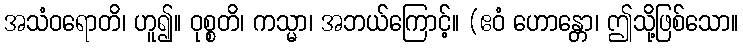
အသံဝရောတိ၊ ဟူ၍။ ဝုစ္စတိ၊ ကသ္မာ၊ အဘယ်ကြောင့်။ (ဧဝံ ဟောန္တော၊ ဤသို့ဖြစ်သော။